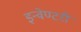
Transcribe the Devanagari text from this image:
इन्वेण्टरी